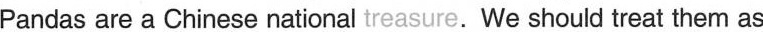
Pandas are a Chinese national treasure.We should treat them as